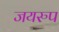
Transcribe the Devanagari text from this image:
जयरुप